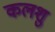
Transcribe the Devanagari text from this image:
कलशु